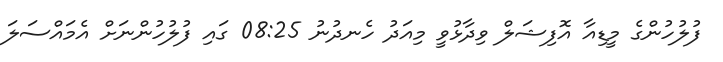
ފުލުހުންގެ މީޑިއާ އޮފިޝަލް ވިދާޅުވީ މިއަދު ހެނދުނު 08:25 ގައި ފުލުހުންނަށް އެމައްސަލަ